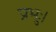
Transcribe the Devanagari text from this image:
प्रभुः।